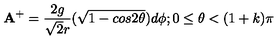
{ \bf A } ^ { + } = \frac { 2 g } { { \sqrt { 2 } } r } ( \sqrt { 1 - c o s 2 { \theta } } ) d { \phi } ; 0 \leq { \theta } < ( 1 + k ) { \pi }